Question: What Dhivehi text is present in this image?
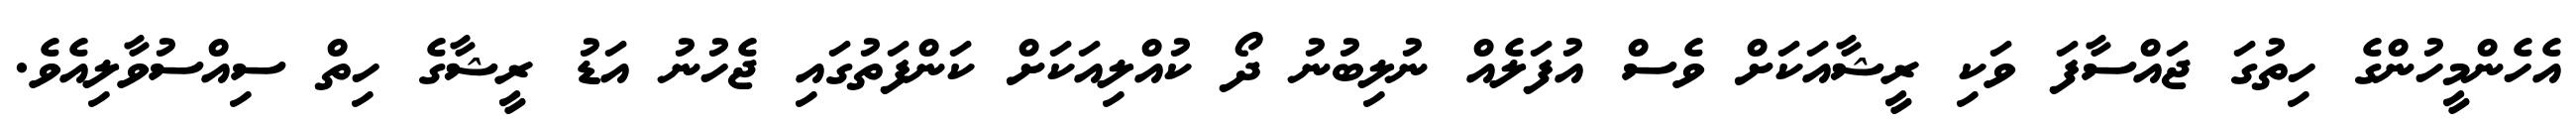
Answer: އެހެންމީހުންގެ ހިތުގަ ޖައްސާފަ ވަކި ރީޝާއަކަށް ވެސް އުފަލެއް ނުލިބުނު ދޯ ކުއްލިއަކަށް ކަންފަތުގައި ޖެހުނު އަޑު ރީޝާގެ ހިތް ސިއްސުވާލިއެވެ.